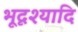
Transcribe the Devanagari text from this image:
भूदृश्यादि